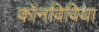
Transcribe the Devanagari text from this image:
कॉनविविया